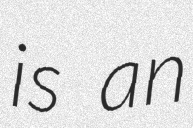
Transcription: is an